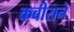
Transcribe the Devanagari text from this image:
कबीराने